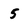
Character: 5